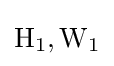
\mathrm {H} _{1},\mathrm {W} _{1}